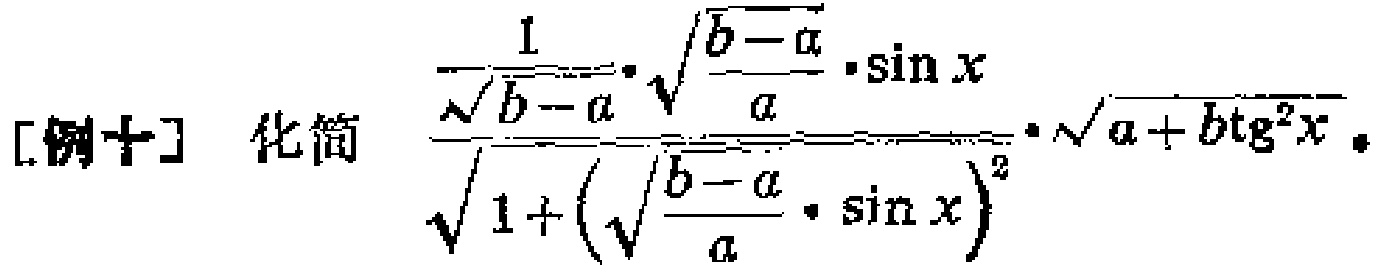
\[

\frac{\frac{1}{\sqrt{b - a}}\cdot\sqrt{\frac{b - a}{a}}\cdot\sin x}{\sqrt{1 + \left(\sqrt{\frac{b - a}{a}}\cdot\sin x\right)^2}}\cdot\sqrt{a + b\mathrm{tg}^{2}x}

\]